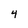
Character: 4